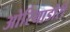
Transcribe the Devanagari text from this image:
ओरियाडोरी